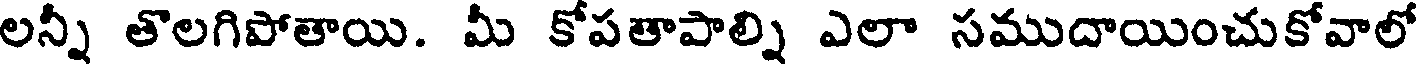
లన్నీ తొలగిపోతాయి. మీ కోపతాపాల్ని ఎలా సముదాయించుకోవాలో